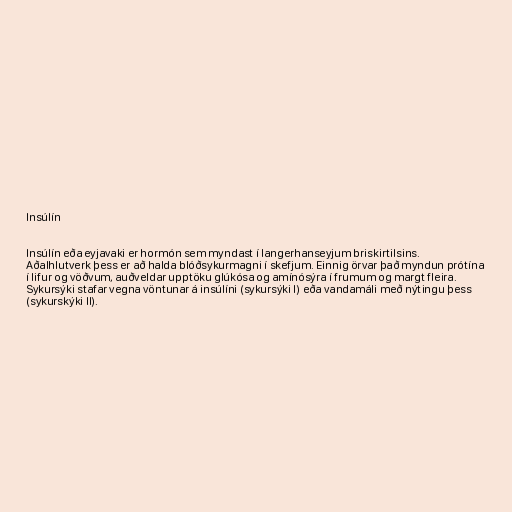
Insúlín

Insúlín eða eyjavaki er hormón sem myndast í langerhanseyjum briskirtilsins.
Aðalhlutverk þess er að halda blóðsykurmagni í skefjum. Einnig örvar það myndun prótína
í lifur og vöðvum, auðveldar upptöku glúkósa og amínósýra í frumum og margt fleira.
Sykursýki stafar vegna vöntunar á insúlíni (sykursýki I) eða vandamáli með nýtingu þess
(sykurskýki II).